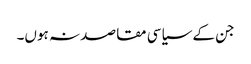
جن کے سیاسی مقاصد نہ ہوں۔